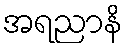
အရညာနိ